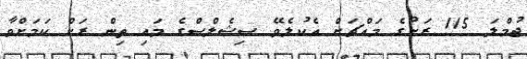
ޖުމްލަ 115 ރަށުގެ މައްޗަށް އެކުލެވޭ ސިޝެލްސްގެ މައި ތިން ރަށް ކަމަށްވާ